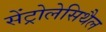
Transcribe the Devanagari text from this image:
सेंट्रोलेसिथैल